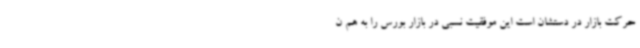
حرکت بازار در دستشان است این موفقیت نسبی در بازار بورس را به هم ن